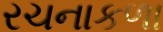
રચનાકળા